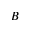
B